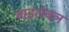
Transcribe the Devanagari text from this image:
बाइलेवल